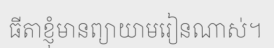
ធីតាខ្ញុំមានព្យាយាមរៀនណាស់។